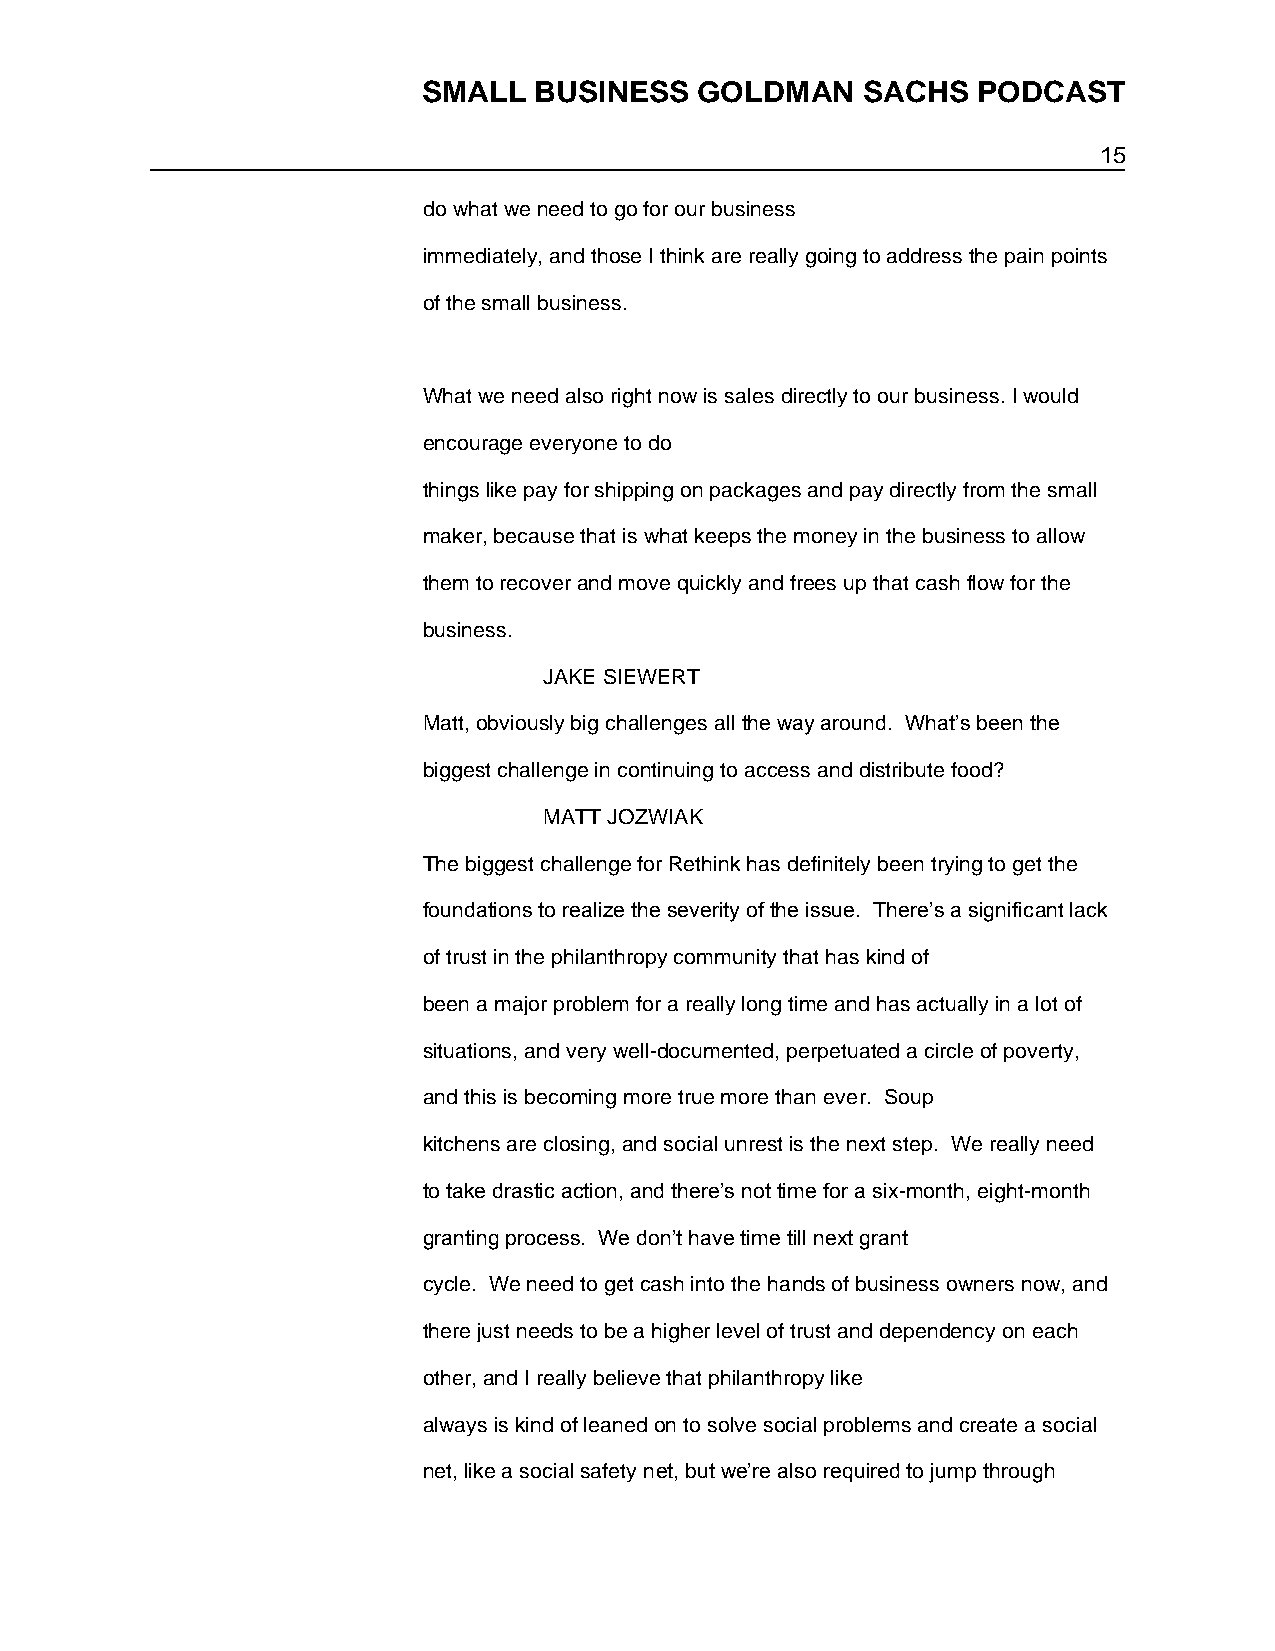
SMALL  BUSINESS   GOLDMAN    SACHS   PODCAST
 15
 do what we need to go for our business
 immediately, and those I think are really going to address the pain points
 of the small business.
 What we need also right now is sales directly to our business. I would
 encourage everyone to do
 things like pay for shipping on packages and pay directly from the small
 maker, because that is what keeps the money in the business to allow
 them to recover and move quickly and frees up that cash flow for the
 business.
 JAKE SIEWERT
 Matt, obviously big challenges all the way around. What’s been the
 biggest challenge in continuing to access and distribute food?
 MATT JOZWIAK
 The biggest challenge for Rethink has definitely been trying to get the
 foundations to realize the severity of the issue. There’s a significant lack
 of trust in the philanthropy community that has kind of
 been a major problem for a really long time and has actually in a lot of
 situations, and very well-documented, perpetuated a circle of poverty,
 and this is becoming more true more than ever. Soup
 kitchens are closing, and social unrest is the next step. We really need
 to take drastic action, and there’s not time for a six-month, eight-month
 granting process. We don’t have time till next grant
 cycle. We need to get cash into the hands of business owners now, and
 there just needs to be a higher level of trust and dependency on each
 other, and I really believe that philanthropy like
 always is kind of leaned on to solve social problems and create a social
 net, like a social safety net, but we’re also required to jump through